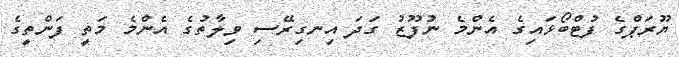
ޔޫރަޕްގެ ފުޓްބޯޅައިގެ އެންމެ ނުފޫޒު ގަދަ އިނގިރޭސި ވިލާތުގެ އެންމެ މަތީ ފަންތީގެ